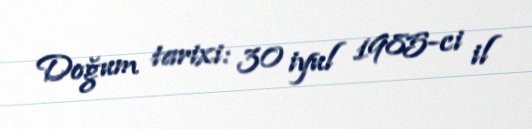
Doğum tarixi: 30 iyul 1985-ci il